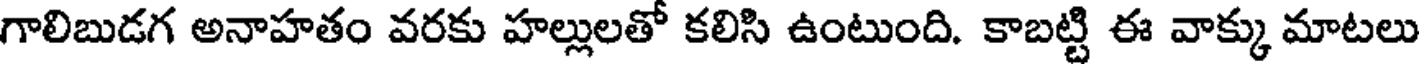
గాలిబుడగ అనాహతం వరకు హల్లులతో కలిసి ఉంటుంది. కాబట్టి ఈ వాక్కు మాటలు